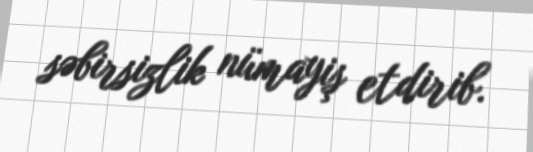
səbirsizlik nümayiş etdirib.